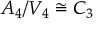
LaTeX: A _ { 4 } / V _ { 4 } \cong C _ { 3 }